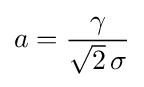
a={\frac {\gamma }{{\sqrt {2}}\,\sigma }}